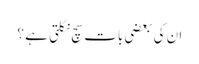
ان کی بعضی بات سچ نکلتی ہے ؟